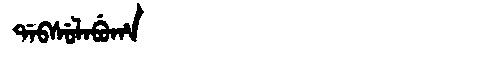
Manchu: ᡩᠠᠪᠰᡠᠯᠠᠪᡠᡥᠠ
Romanization: DABSULABUHA